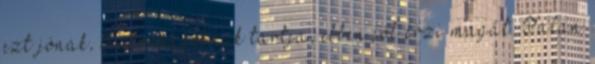
ezt jónak, biztonságosnak tartja, ebben jól érzi magát. Talán